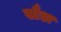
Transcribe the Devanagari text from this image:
स्टैडा